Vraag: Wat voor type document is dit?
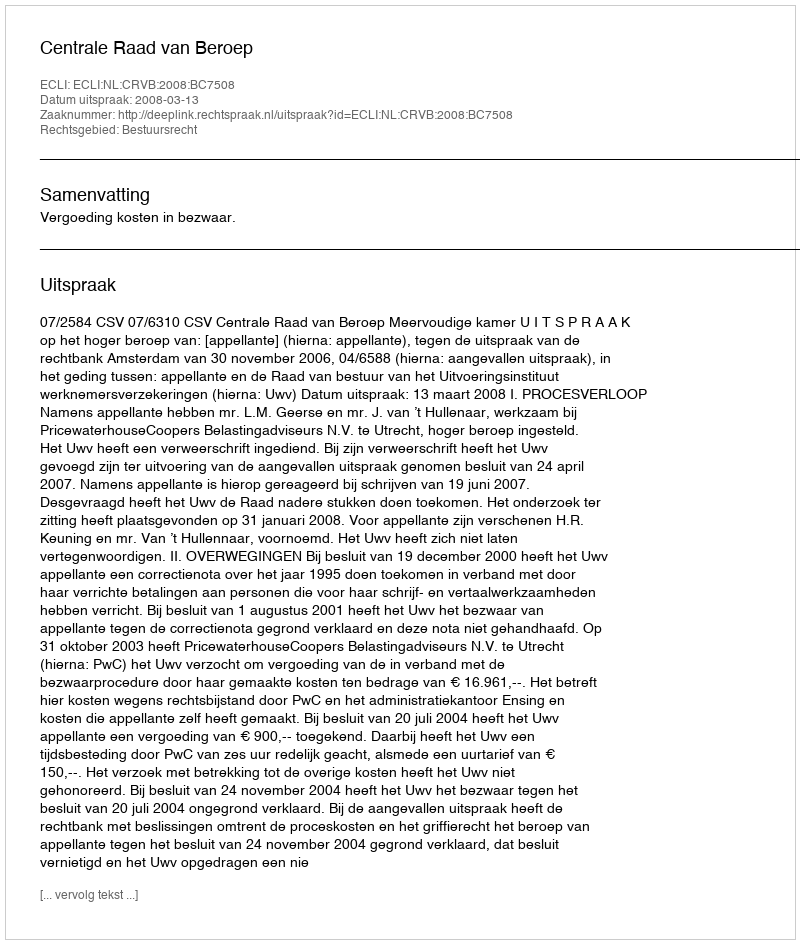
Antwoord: Uitspraak